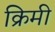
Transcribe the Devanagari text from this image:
क्रिमी